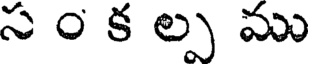
స ం క ల్ప ము